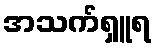
အသက်ရှူရ